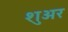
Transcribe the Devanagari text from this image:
शुअर